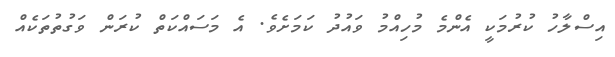
އިސްލާހު ކުރުމަކީ އެންމެ މުހިއްމު ވައުދު ކަމަށެވެ. އެ މަސައްކަތް ކުރަން ވަގުތުތަކެއް